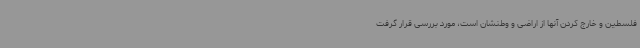
فلسطین و خارج کردن آنها از اراضی و وطنشان است، مورد بررسی قرار گرفت